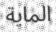
الماية